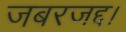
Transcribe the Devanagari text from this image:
जबरजद्द।